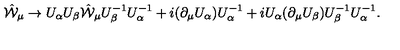
\hat { \cal W } _ { \mu } \to U _ { \alpha } U _ { \beta } \hat { \cal W } _ { \mu } U _ { \beta } ^ { - 1 } U _ { \alpha } ^ { - 1 } + i ( \partial _ { \mu } U _ { \alpha } ) U _ { \alpha } ^ { - 1 } + i U _ { \alpha } ( \partial _ { \mu } U _ { \beta } ) U _ { \beta } ^ { - 1 } U _ { \alpha } ^ { - 1 } .